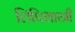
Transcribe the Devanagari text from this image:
लिपिशास्त्री